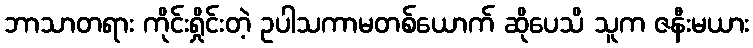
ဘာသာတရား ကိုင်းရှိုင်းတဲ့ ဥပါသကာမတစ်ယောက် ဆိုပေသိ သူက ဇနီးမယား